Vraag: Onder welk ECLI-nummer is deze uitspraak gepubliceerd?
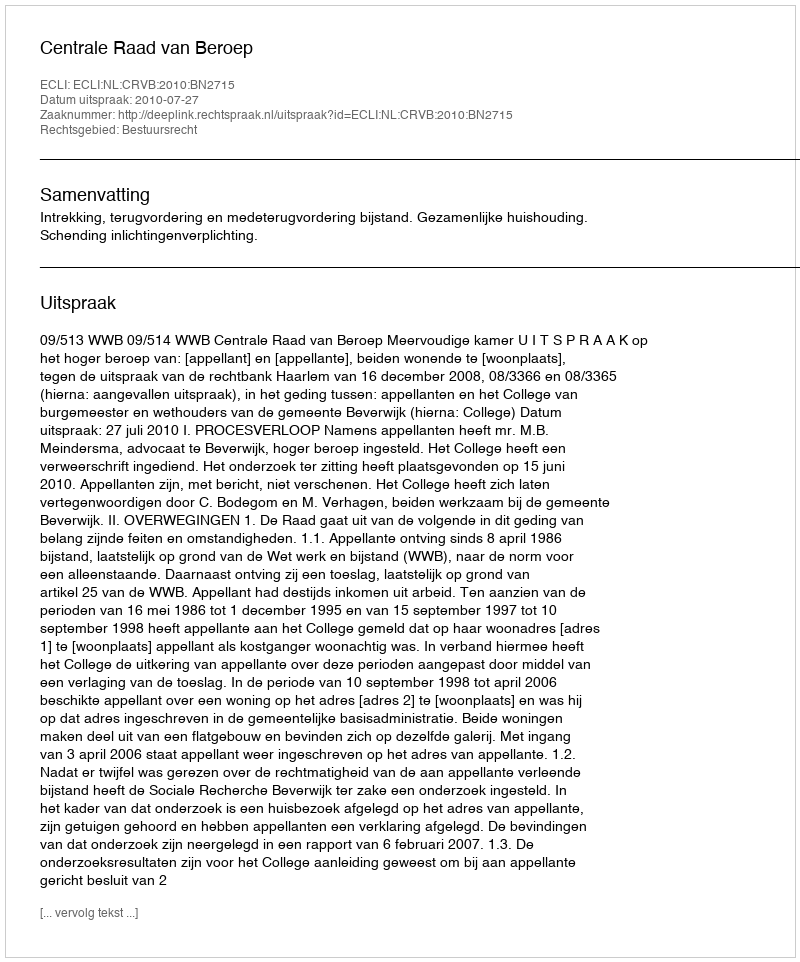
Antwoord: ECLI:NL:CRVB:2010:BN2715